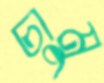
চামু